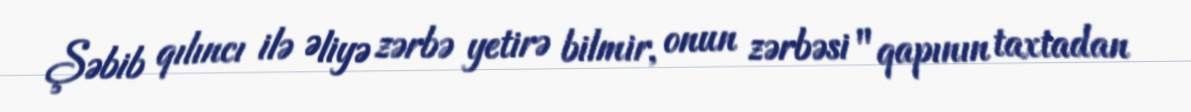
Şəbib qılıncı ilə Əliyə zərbə yetirə bilmir, onun zərbəsi "qapının taxtadan